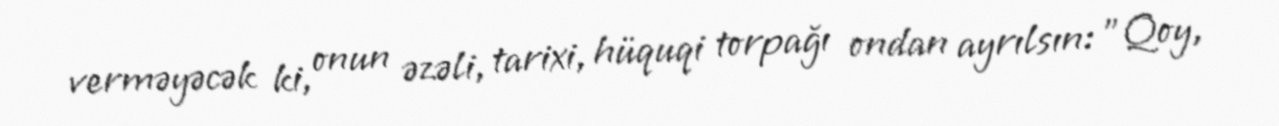
verməyəcək ki, onun əzəli, tarixi, hüquqi torpağı ondan ayrılsın: "Qoy,